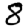
Digit: 8